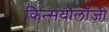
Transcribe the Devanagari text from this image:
किन्सयोलॉजी